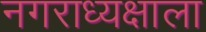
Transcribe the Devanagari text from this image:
नगराध्यक्षाला